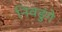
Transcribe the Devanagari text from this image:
निवडुंगे